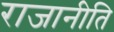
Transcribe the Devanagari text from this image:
राजानीति